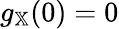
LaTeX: g_{\mathbb{X}}(0)=0